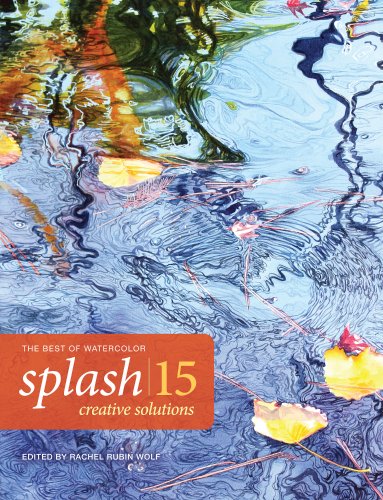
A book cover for Splash 15: Creative Solutions (Splash: The Best of Watercolor); Rachel Wolf; Arts & Photography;